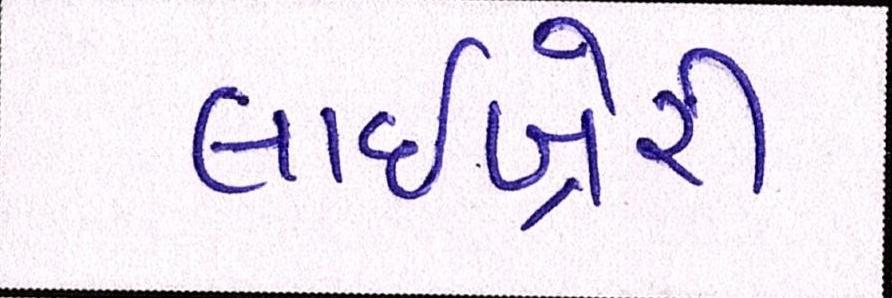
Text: લાઇબ્રેરી